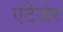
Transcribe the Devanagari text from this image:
एंटेंजेर